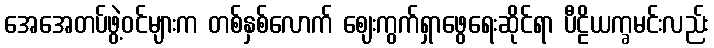
အေအေတပ်ဖွဲ့ဝင်များက တစ်နှစ်လောက် ဈေးကွက်ရှာဖွေရေးဆိုင်ရာ ပီဠိယက္ခမင်းလည်း